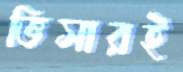
ভিসারই